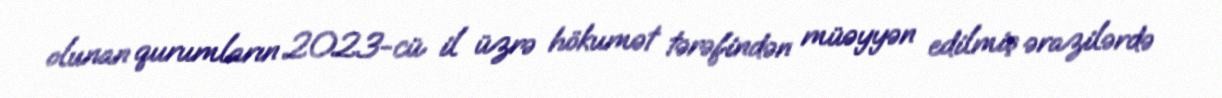
olunan qurumların 2023-cü il üzrə hökumət tərəfindən müəyyən edilmiş ərazilərdə